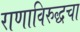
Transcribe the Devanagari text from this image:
राणाविरुद्धचा